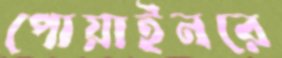
পোয়াইনরে